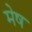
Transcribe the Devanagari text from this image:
मेेष